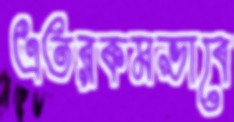
এতরকমভাবে